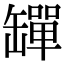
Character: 𦉕